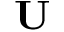
\mathbf { U }